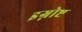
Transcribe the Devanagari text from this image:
इग्नोष्ट